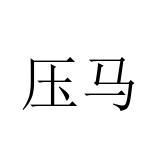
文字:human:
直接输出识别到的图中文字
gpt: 压马